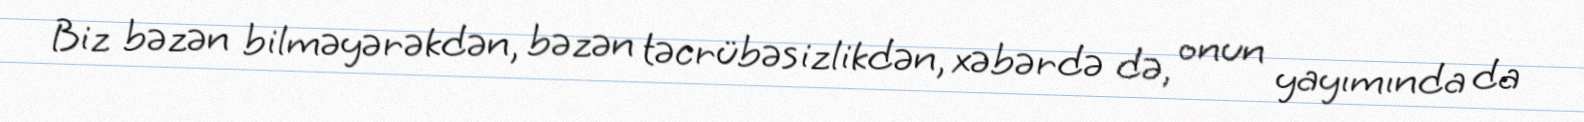
Biz bəzən bilməyərəkdən, bəzən təcrübəsizlikdən, xəbərdə də, onun yayımında da